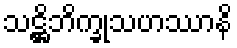
သဋ္ဌိဘိက္ခုသဟဿာနိ